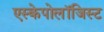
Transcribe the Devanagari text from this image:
एस्केपोलॉजिस्ट